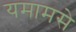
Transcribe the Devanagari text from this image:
यमामसे